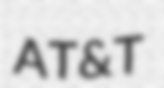
AT&T